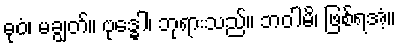
ဓုဝံ၊ မချွတ်။ ဗုဒ္ဓေါ၊ ဘုရားသည်။ ဘဝါမိ၊ ဖြစ်ရအံ့။